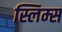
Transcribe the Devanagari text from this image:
स्लिम्स